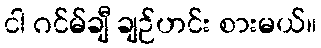
ငါ ဂင်မ်ချီ ချဉ်ဟင်း စားမယ်။